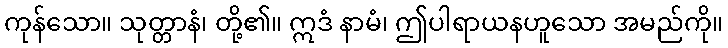
ကုန်သော။ သုတ္တာနံ၊ တို့၏။ ဣဒံ နာမံ၊ ဤပါရာယနဟူသော အမည်ကို။